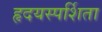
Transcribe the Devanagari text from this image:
हृदयस्पर्शिता